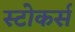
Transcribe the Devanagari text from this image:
स्टोकर्स